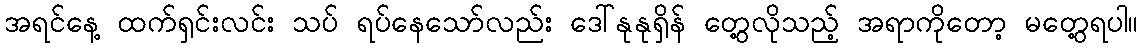
အရင်နေ့ ထက်ရှင်းလင်း သပ် ရပ်နေသော်လည်း ဒေါ်နုနုရှိန် တွေ့လိုသည့် အရာကိုတော့ မတွေ့ရပါ။